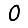
Digit: 0